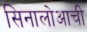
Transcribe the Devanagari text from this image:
सिनालोआची